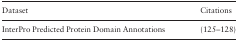
| Dataset | Citations |
 | --- | --- |
 | InterPro Predicted Protein Domain Annotations | (125–128) |